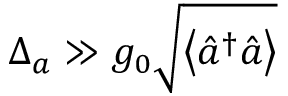
\Delta _ { a } \gg g _ { 0 } \sqrt { \left\langle \hat { a } ^ { \dagger } \hat { a } \right\rangle }